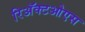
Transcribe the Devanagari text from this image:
रिअॅक्टओएस